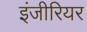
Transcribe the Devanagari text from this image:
इंजीरियर